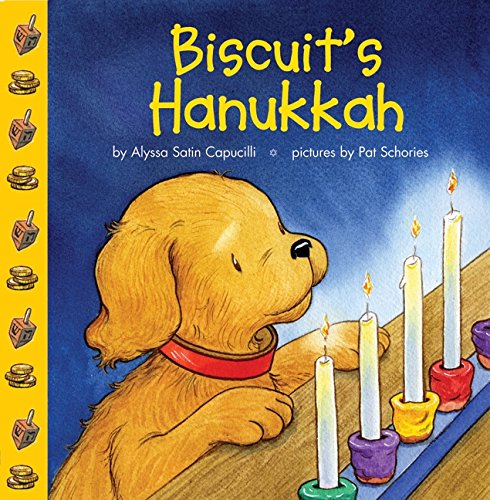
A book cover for Biscuit's Hanukkah; Alyssa Satin Capucilli; Children's Books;